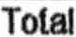
TOTAL